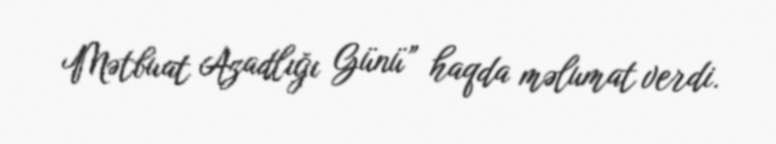
Mətbuat Azadlığı Günü” haqda məlumat verdi.